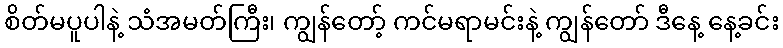
စိတ်မပူပါနဲ့ သံအမတ်ကြီး၊ ကျွန်တော့် ကင်မရာမင်းနဲ့ ကျွန်တော် ဒီနေ့ နေ့ခင်း